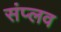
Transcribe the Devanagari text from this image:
संप्लव